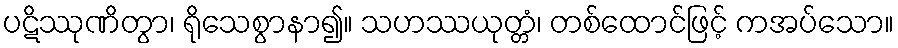
ပဋိဿုဏိတွာ၊ ရိုသေစွာနာ၍။ သဟဿယုတ္တံ၊ တစ်ထောင်ဖြင့် ကအပ်သော။